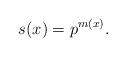
LaTeX: \begin{align*}s(x) = p^{m(x)}.\end{align*}